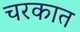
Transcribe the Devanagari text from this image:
चरकात